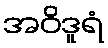
အဝိဒူရံ